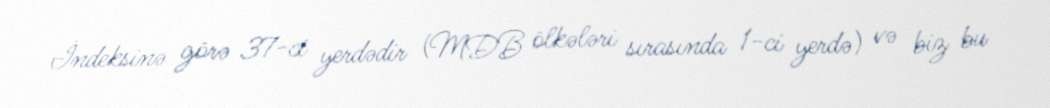
İndeksinə görə 37-ci yerdədir (MDB ölkələri sırasında 1-ci yerdə) və biz bu